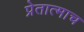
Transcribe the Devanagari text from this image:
प्रेतात्माच